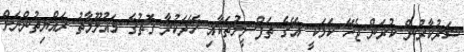
ސަރުކާރުން ކުރަން ޖެހޭ ކަމަކީ އޭގެ ތަފްސީލުތަކާއި ހޭދަކުރާ ގޮތުގެ މައުލޫމާތު ރައްޔިތުންނަށް